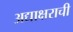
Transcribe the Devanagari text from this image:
अद्याक्षराची